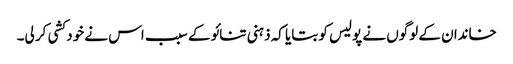
خاندان کے لوگوں نے پولیس کو بتایا کہ ذہنی تنائو کے سبب اس نے خود کشی کر لی۔